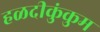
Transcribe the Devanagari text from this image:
हळदीकुंकुम